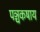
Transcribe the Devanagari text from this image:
पञ्चकषाय